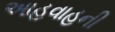
આહવાહની